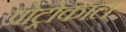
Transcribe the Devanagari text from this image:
प्रोट्रोकाल